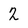
Character: 2